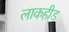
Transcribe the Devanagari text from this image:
लाकहीड